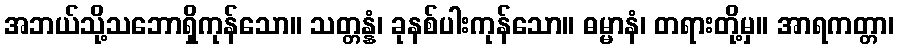
အဘယ်သို့သဘောရှိကုန်သော။ သတ္တန္နံ၊ ခုနစ်ပါးကုန်သော။ ဓမ္မာနံ၊ တရားတို့မှ။ အာရကတ္တာ၊